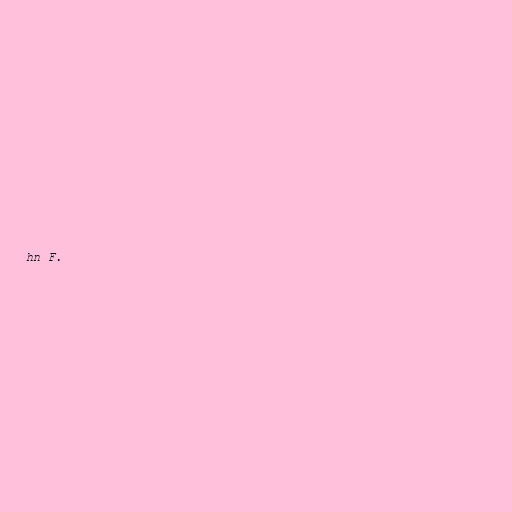
hn F.